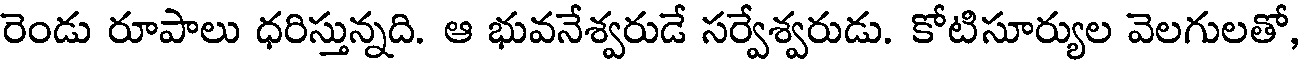
రెండు రూపాలు ధరిస్తున్నది. ఆ భువనేశ్వరుడే సర్వేశ్వరుడు. కోటిసూర్యుల వెలగులతో,